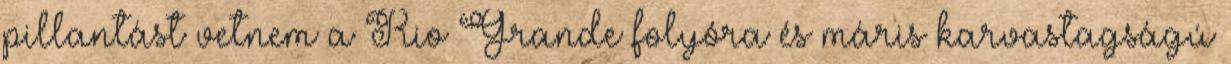
pillantást vetnem a Rio Grande folyóra és máris karvastagságú